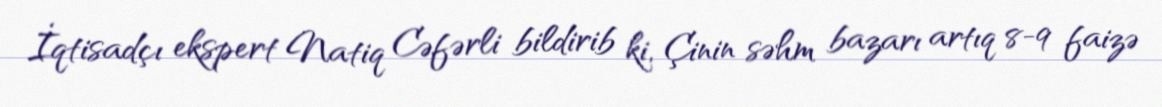
İqtisadçı ekspert Natiq Cəfərli bildirib ki, Çinin səhm bazarı artıq 8-9 faizə